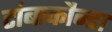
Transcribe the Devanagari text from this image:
टांबाकौन्डा